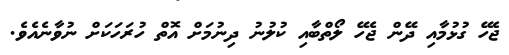
ޖެހޭ ގުޅުމާއި ދޭން ޖެހޭ ލޯތްބާއި ކުލުނު ދިނުމަށް އޮތް ހުރަހަކަށް ނުވާނެއެވެ.